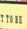
to